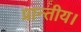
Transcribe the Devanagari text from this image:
प्रान्तीय।